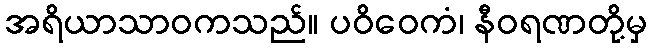
အရိယာသာဝကသည်။ ပဝိဝေကံ၊ နီဝရဏတို့မှ